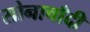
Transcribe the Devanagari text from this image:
सोनाचाँदी